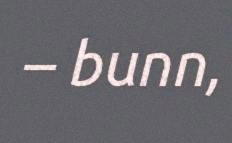
– bunn,